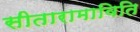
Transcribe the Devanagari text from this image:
सीतारामाविति